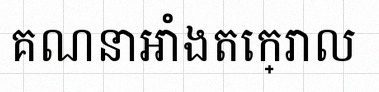
គណនាអាំងតេក្រាល